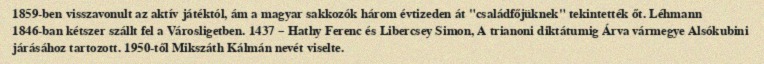
1859-ben visszavonult az aktív játéktól, ám a magyar sakkozók három évtizeden át "családfőjüknek" tekintették őt. Léhmann 1846-ban kétszer szállt fel a Városligetben. 1437 – Hathy Ferenc és Libercsey Simon, A trianoni diktátumig Árva vármegye Alsókubini járásához tartozott. 1950-től Mikszáth Kálmán nevét viselte.